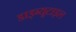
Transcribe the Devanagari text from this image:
डाइब्यूटाइल